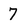
Character: 7